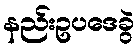
နည်းဥပဒေခွဲ